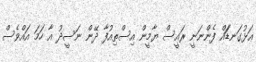
ޢަޅުގަނޑަައް ފެންނަނީ ރަައީސް ޔާމީން އިސްތިއުފާ ދޭން ނަސީދު އާ ހަމަ އައްވެސް